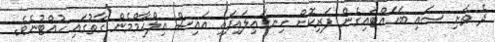
ދެ ތަށި ސައި ބަހައްޓައިގެން ފަރިކޮށް ހިނގައިލައިފައި އައިސް އިލްހާމްމެން ގާތުގައި ހުއްޓުނެވެ.